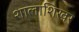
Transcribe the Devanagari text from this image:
शालाशिखर